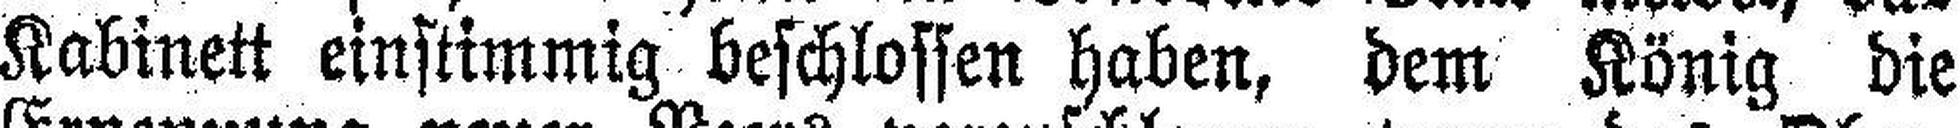
Kabinett einstimmig beschlossen haben, dem König die